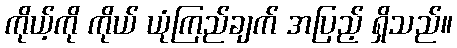
ကိုယ့်ကို ကိုယ် ယုံကြည်ချက် အပြည့် ရှိသည်။